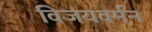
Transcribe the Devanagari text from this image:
विजयवर्मन